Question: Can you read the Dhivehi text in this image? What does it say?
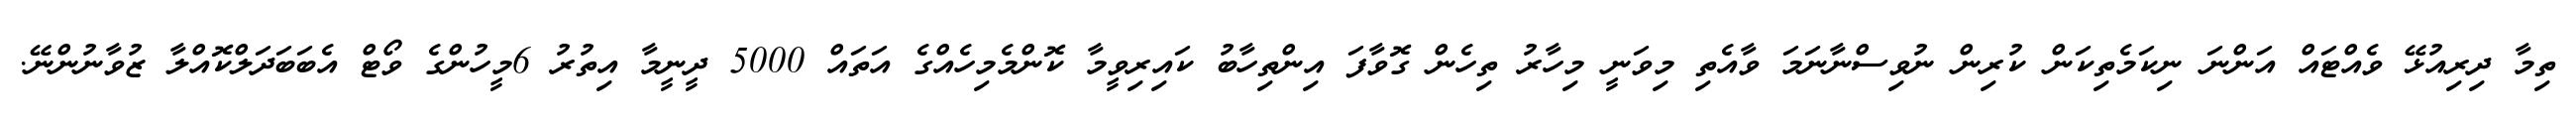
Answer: ތިމާ ދިރިއުޅޭ ވެއްޓައް އަންނަ ނިކަމެތިކަން ކުރިން ނުވިސްނާނަމަ ވާއެތި މިވަނީ މިހާރު ތިހެން ގޮވާފަ އިންތިހާބު ކައިރިވީމާ ކޮންމެމިހެއްގެ އަތައް 5000 ދީނީމާ އިތުރު 6މީހުންގެ ވޯޓް އެބަބަދަލްކޮއްލާ ޒުވާނުންނޭ.